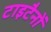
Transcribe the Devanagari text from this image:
टाइटैनों